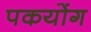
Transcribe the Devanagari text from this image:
पकयोंग